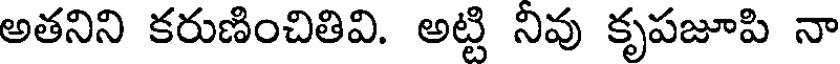
అతనిని కరుణించితివి. అట్టి నివు కృపజూపి నా